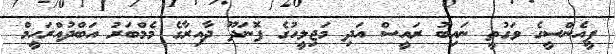
ޕީއެންސީގެ ވަގުތީ ނައިބު ރައީސް އަދި މަޖިލީހުގެ ފޮނަދޫ ދާއިރާގެ މެމްބަރު އަބްދުއްރަހީމް